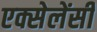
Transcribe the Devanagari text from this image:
एक्सेलेंसी